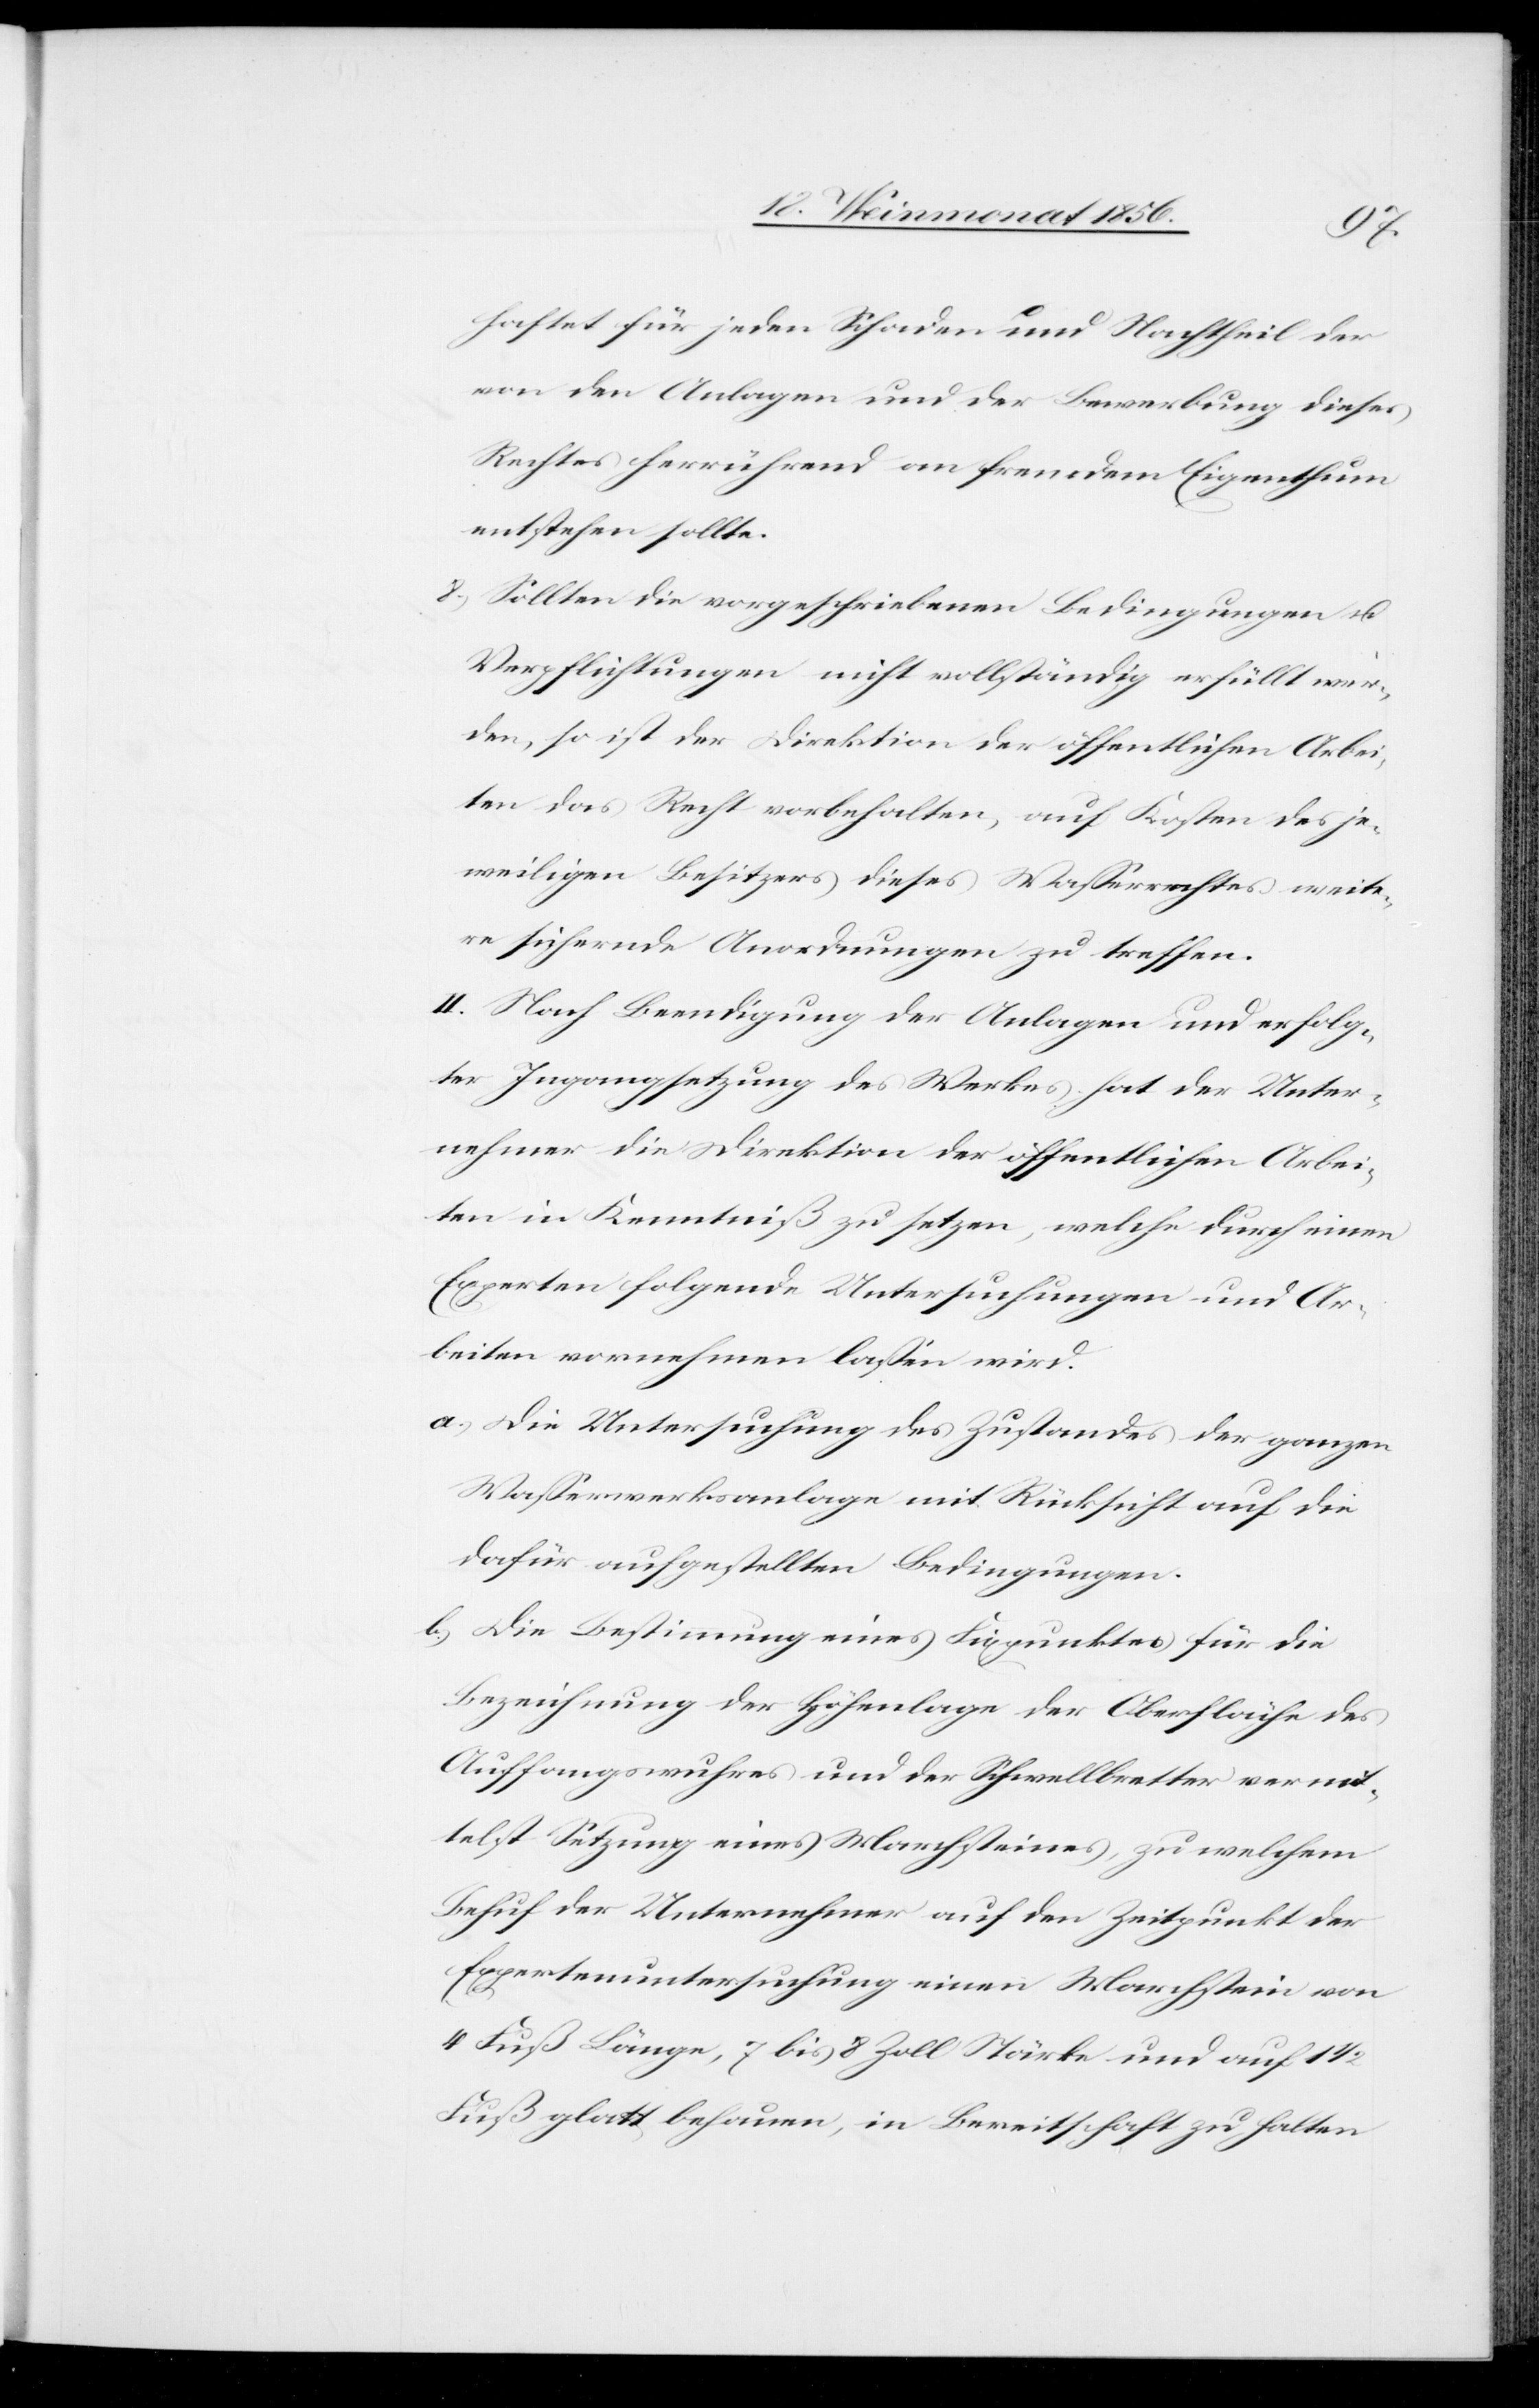
haftet für jeden Schaden und Nachtheil der
von den Anlagen und der Bewerbung dieses
Rechtes herrührend an fremdem Eigenthum
entstehen sollte.
8.) Sollten die vorgeschriebenen Bedingungen u.
Verpflichtungen nicht vollständig erfüllt wer¬
den, so ist der Direktion der öffentlichen Arbei¬
ten das Recht vorbehalten, auf Kosten des je¬
weiligen Besitzers dieses Wasserrechtes weite¬
re sichernde Anordnungen zu treffen.
II. Nach Beendigung der Anlagen und erfolg¬
ter Ingangsetzung des Werkes hat der Unter¬
nehmer die Direktion der öffentlichen Arbei¬
ten in Kenntniß zu setzen, welche durch einen
Experten folgende Untersuchungen und Ar¬
beiten vornehmen lassen wird.
a.) Die Untersuchung des Zustandes der ganzen
Wasserwerksanlage mit Rücksicht auf die
dafür aufgestellten Bedingungen.
b.) Die Bestimmung eines Fixpunktes für die
Bezeichnung der Höhenlage der Oberfläche des
Auffangswuhres und der Schwellbretter vermit¬
telst Setzung eines Marchsteines, zu welchem
Behuf der Unternehmer auf den Zeitpunkt der
Expertenuntersuchung einen Marchstein von
4 Fuß Länge, 7 bis 8 Zoll Stärke und auf 1 ½
Fuß glatt behauen, in Bereitschaft zu halten